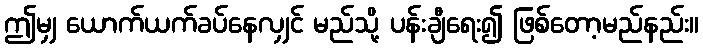
ဤမျှ ယောက်ယက်ခပ်နေလျှင် မည်သို့ ပန်းချီရေး၍ ဖြစ်တော့မည်နည်း။